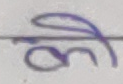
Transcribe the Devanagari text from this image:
की